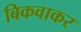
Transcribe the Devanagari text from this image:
बिकवाकर